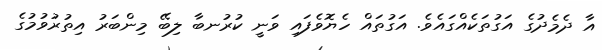
އާ ދެމެދުގެ އަގުތަކެއްގައެވެ. އަގުތައް ހެޔޮވެފައި ވަނީ ކުރުނބާ ލިބޭ މިންބަރު އިތުރުވުމުގެ